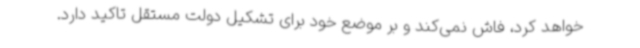
خواهد کرد، فاش نمی‌کند و بر موضع خود برای تشکیل دولت مستقل تاکید دارد.